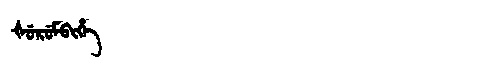
Manchu: ᡧᡠᡵᡠᠮᠪᡳᡥᡝ
Romanization: ŠURUMBIHE